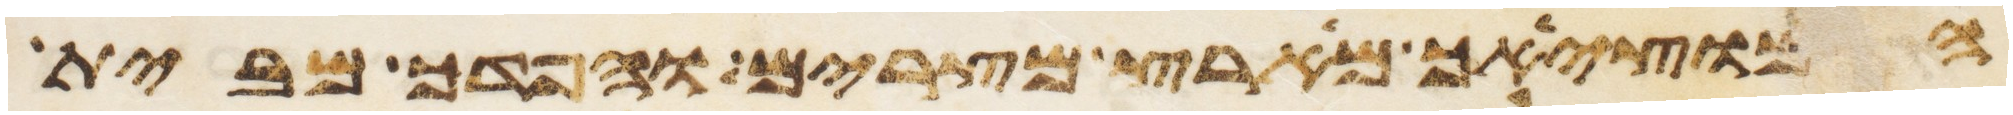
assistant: המוציאך מארץ מצרים והפדך מבית